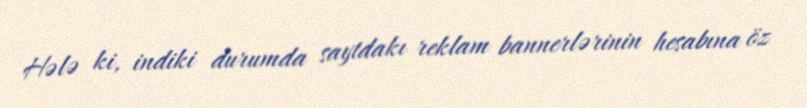
Hələ ki, indiki durumda saytdakı reklam bannerlərinin hesabına öz